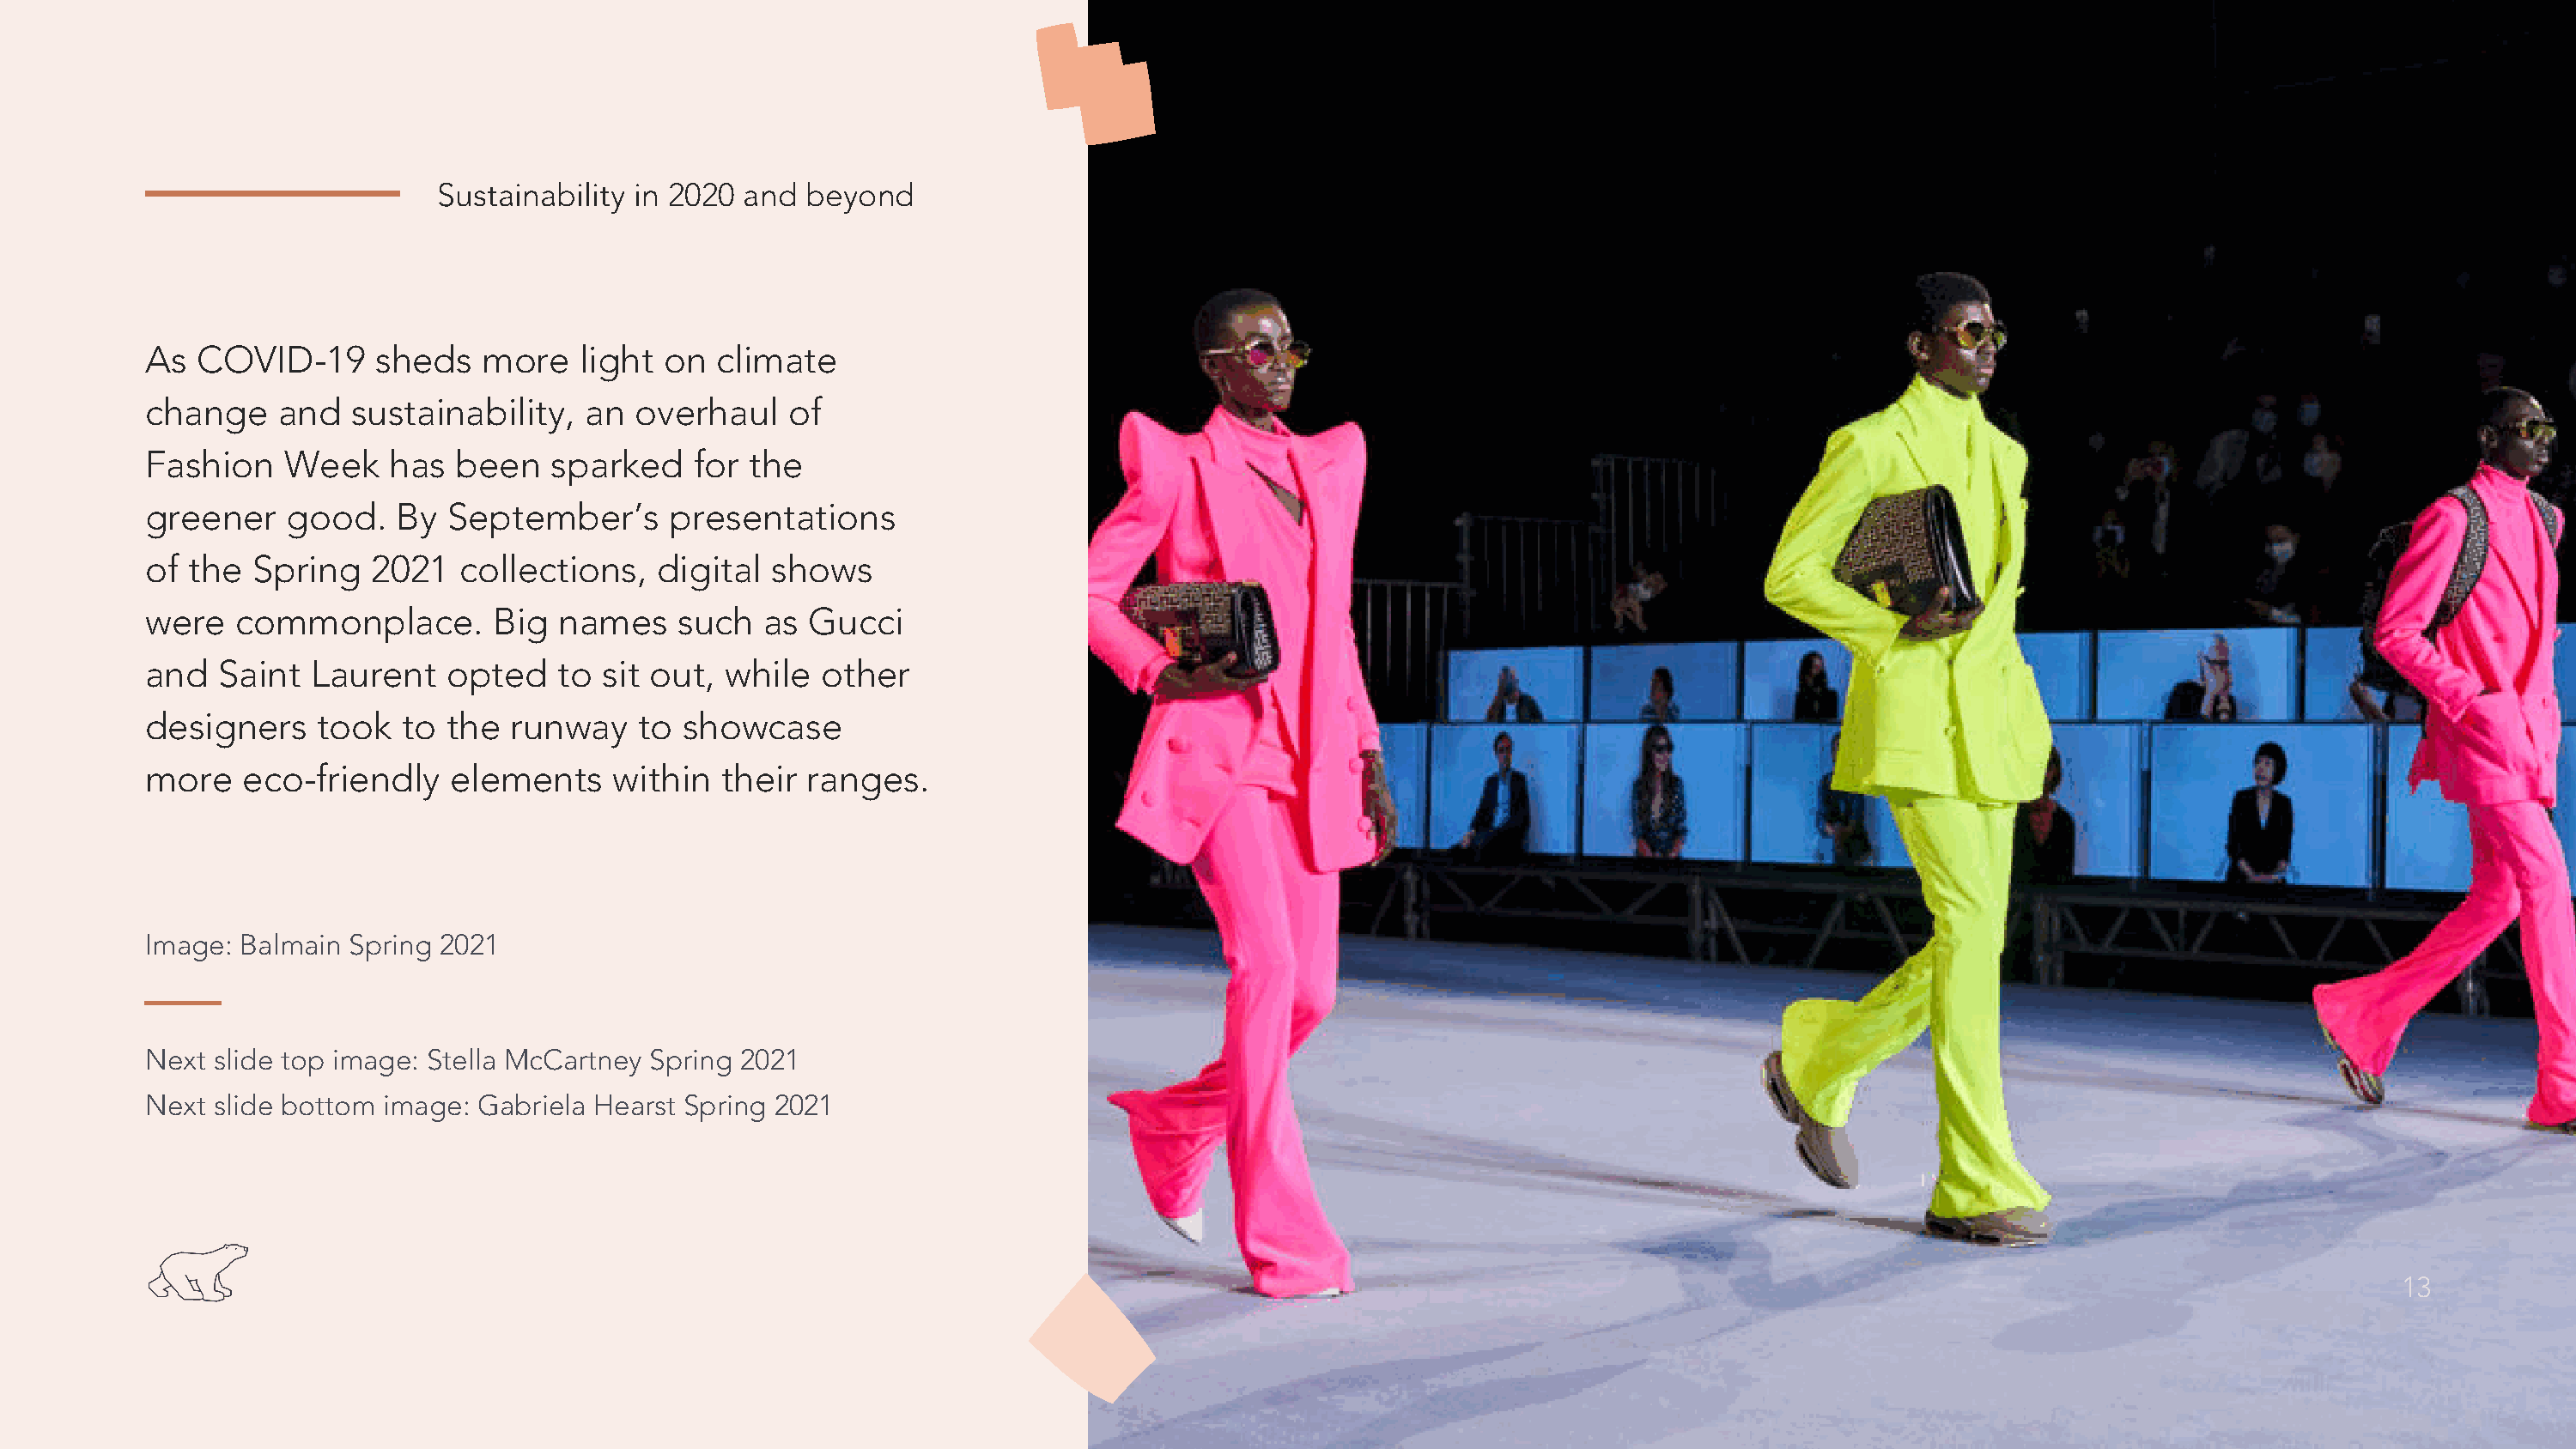
Sustainability in 2020 and  beyond
 As  COVID-19      sheds   more    light on  climate
 change    and   sustainability,   an  overhaul    of
 Fashion    Week    has  been   sparked    for  the
 greener    good.    By September’s       presentations
 of  the Spring    2021  collections,    digital shows
 were   commonplace.        Big  names    such   as Gucci
 and   Saint  Laurent   opted    to sit out,  while  other
 designers    took   to the  runway    to  showcase
 more    eco-friendly    elements    within   their ranges.
 Image: Balmain  Spring 2021
 Next slide top image: Stella McCartney Spring 2021
 Next slide bottom  image: Gabriela Hearst Spring 2021
 13